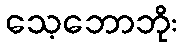
သေ့ဘောဘိုး